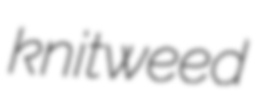
knitweed